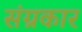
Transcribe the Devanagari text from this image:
संग्रकार